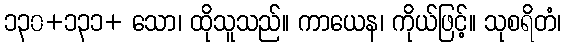
၁၃၀+၁၃၁+ သော၊ ထိုသူသည်။ ကာယေန၊ ကိုယ်ဖြင့်။ သုစရိတံ၊